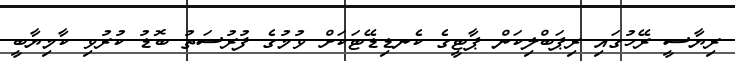
ރިޔާސީ ރޭހުގައި ރިޕަބްލިކަން ޕާޓީގެ ކެނޑިޑޭޓަކަށް ވުމުގެ ފުރުސަތު ބޮޑު ކުރުވި ކާމިޔާބީ